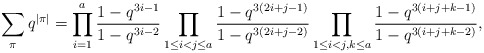
\begin{align*} \sum_\pi q^{\vert\pi\vert}=\prod _{i=1} ^{a}\frac {1-q^{3i-1}} {1-q^{3i-2}}\prod _{1\le i<j\le a} ^{}\frac {1-q^{3(2i+j-1)}} {1-q^{3(2i+j-2)}}\prod _{1\le i<j,k\le a} ^{}\frac {1-q^{3(i+j+k-1)}} {1-q^{3(i+j+k-2)}}, \end{align*}